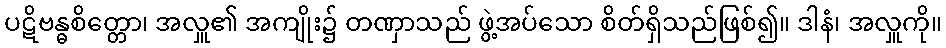
ပဋိဗန္ဓစိတ္တော၊ အလှူ၏ အကျိုး၌ တဏှာသည် ဖွဲ့အပ်သော စိတ်ရှိသည်ဖြစ်၍။ ဒါနံ၊ အလှူကို။